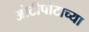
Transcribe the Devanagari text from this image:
ओटीपोटाच्या